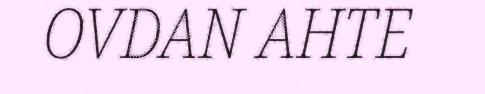
OVDAN AHTE